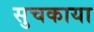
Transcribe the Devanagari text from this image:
सुचकाया